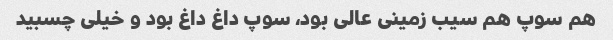
هم سوپ هم سیب زمینی عالی بود، سوپ داغ داغ بود و خیلی چسبید